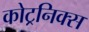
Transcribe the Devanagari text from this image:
कोट्रनिक्स